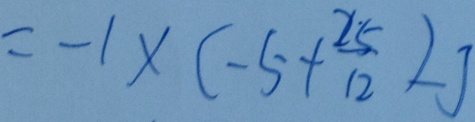
= - 1 \times ( - 5 + \frac { 2 5 } { 1 2 } ) - 3